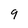
Character: 9